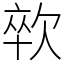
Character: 㰵